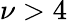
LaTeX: \nu>4